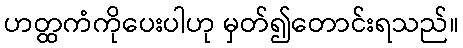
ဟတ္ထကံကိုပေးပါဟု မှတ်၍တောင်းရသည်။